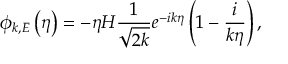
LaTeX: \phi _ { k , E } \left( \eta \right) = - \eta H \frac { 1 } { \sqrt { 2 k } } e ^ { - i k \eta } \left( 1 - \frac { i } { k \eta } \right) ,